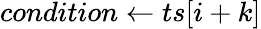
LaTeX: condition\gets ts[i+k]